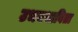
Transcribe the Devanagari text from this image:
उभयभाविता